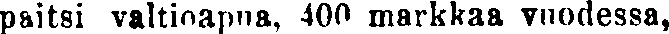
paitsi valtioapua, 400 markkaa vuodessa,